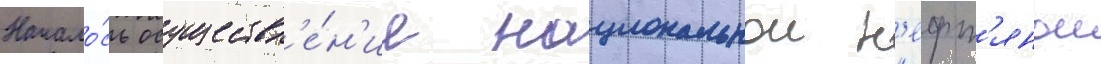
Начало́сь осуществл'е́н'ие национальнои н'ефт'янои